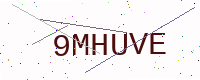
Text: 9MHUVE